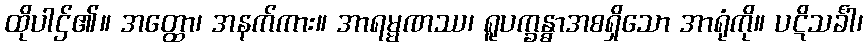
ထိုပါဌ်၏။ အတ္ထော၊ အနက်ကား။ အာရမ္မဏဿ၊ ရူပက္ခန္ဓာအစရှိသော အာရုံကို။ ပဋိသင်္ခါ၊